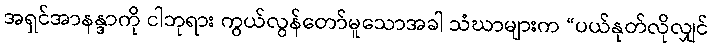
အရှင်အာနန္ဒာကို ငါဘုရား ကွယ်လွန်တော်မူသောအခါ သံဃာများက “ပယ်နုတ်လိုလျှင်